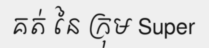
គត់ នៃ ក្រុម Super